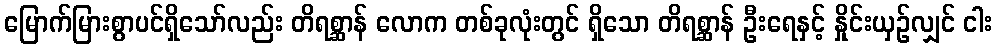
မြောက်မြားစွာပင်ရှိသော်လည်း တိရစ္ဆာန် လောက တစ်ခုလုံးတွင် ရှိသော တိရစ္ဆာန် ဦးရေနှင့် နှိုင်းယှဉ်လျှင် ငါး